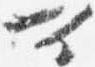
可